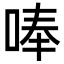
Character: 唪